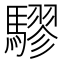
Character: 𮪙